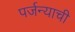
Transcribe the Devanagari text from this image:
पर्जन्याची